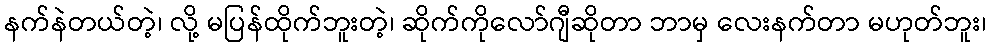
နက်နဲတယ်တဲ့၊ လို့ မပြန်ထိုက်ဘူးတဲ့၊ ဆိုက်ကိုလော်ဂျီဆိုတာ ဘာမှ လေးနက်တာ မဟုတ်ဘူး၊